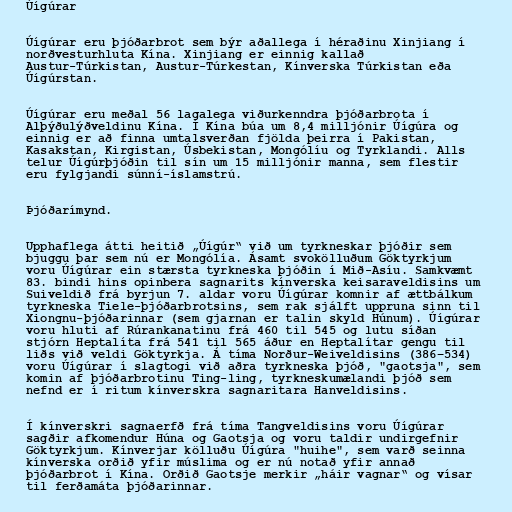
Úígúrar

Úígúrar eru þjóðarbrot sem býr aðallega í héraðinu Xinjiang í
norðvesturhluta Kína. Xinjiang er einnig kallað
Austur-Túrkistan, Austur-Túrkestan, Kínverska Túrkistan eða
Úígúrstan.

Úígúrar eru meðal 56 lagalega viðurkenndra þjóðarbrota í
Alþýðulýðveldinu Kína. Í Kína búa um 8,4 milljónir Úígúra og
einnig er að finna umtalsverðan fjölda þeirra í Pakistan,
Kasakstan, Kirgistan, Úsbekistan, Mongólíu og Tyrklandi. Alls
telur Úígúrþjóðin til sín um 15 milljónir manna, sem flestir
eru fylgjandi súnní-íslamstrú.

Þjóðarímynd.

Upphaflega átti heitið „Úígúr“ við um tyrkneskar þjóðir sem
bjuggu þar sem nú er Mongólía. Ásamt svokölluðum Göktyrkjum
voru Úígúrar ein stærsta tyrkneska þjóðin í Mið-Asíu. Samkvæmt
83. bindi hins opinbera sagnarits kínverska keisaraveldisins um
Suiveldið frá byrjun 7. aldar voru Úígúrar komnir af ættbálkum
tyrkneska Tiele-þjóðarbrotsins, sem rak sjálft uppruna sinn til
Xiongnu-þjóðarinnar (sem gjarnan er talin skyld Húnum). Úígúrar
voru hluti af Rúrankanatinu frá 460 til 545 og lutu síðan
stjórn Heptalíta frá 541 til 565 áður en Heptalítar gengu til
liðs við veldi Göktyrkja. Á tíma Norður-Weiveldisins (386–534)
voru Úígúrar í slagtogi við aðra tyrkneska þjóð, "gaotsja", sem
komin af þjóðarbrotinu Ting-ling, tyrkneskumælandi þjóð sem
nefnd er í ritum kínverskra sagnaritara Hanveldisins.

Í kínverskri sagnaerfð frá tíma Tangveldisins voru Úígúrar
sagðir afkomendur Húna og Gaotsja og voru taldir undirgefnir
Göktyrkjum. Kínverjar kölluðu Úígúra "huihe", sem varð seinna
kínverska orðið yfir múslima og er nú notað yfir annað
þjóðarbrot í Kína. Orðið Gaotsje merkir „háir vagnar“ og vísar
til ferðamáta þjóðarinnar.